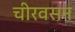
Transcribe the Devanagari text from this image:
चीरवसन